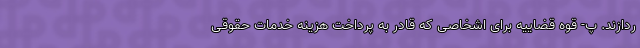
ردازند. پ- قوه قضاییه برای اشخاصی که قادر به پرداخت هزینه خدمات حقوقی